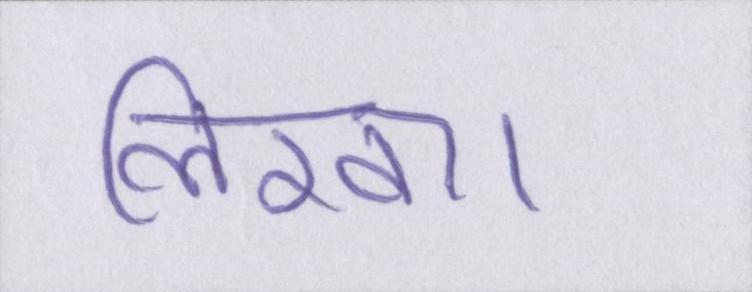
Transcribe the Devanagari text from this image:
लिखा।